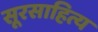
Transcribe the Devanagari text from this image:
सूरसाहित्य